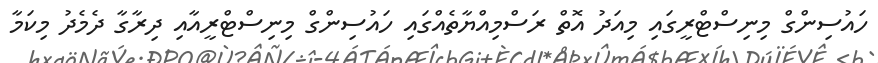
ހައުސިންގް މިނިސްޓްރީގައި މިއަދު އޮތް ރަސްމިއްޔާތެއްގައި ހައުސިންގް މިނިސްޓްރީއާއި ދިރާގާ ދެމެދު މިކަމާ